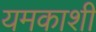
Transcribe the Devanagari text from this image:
यमकाशी